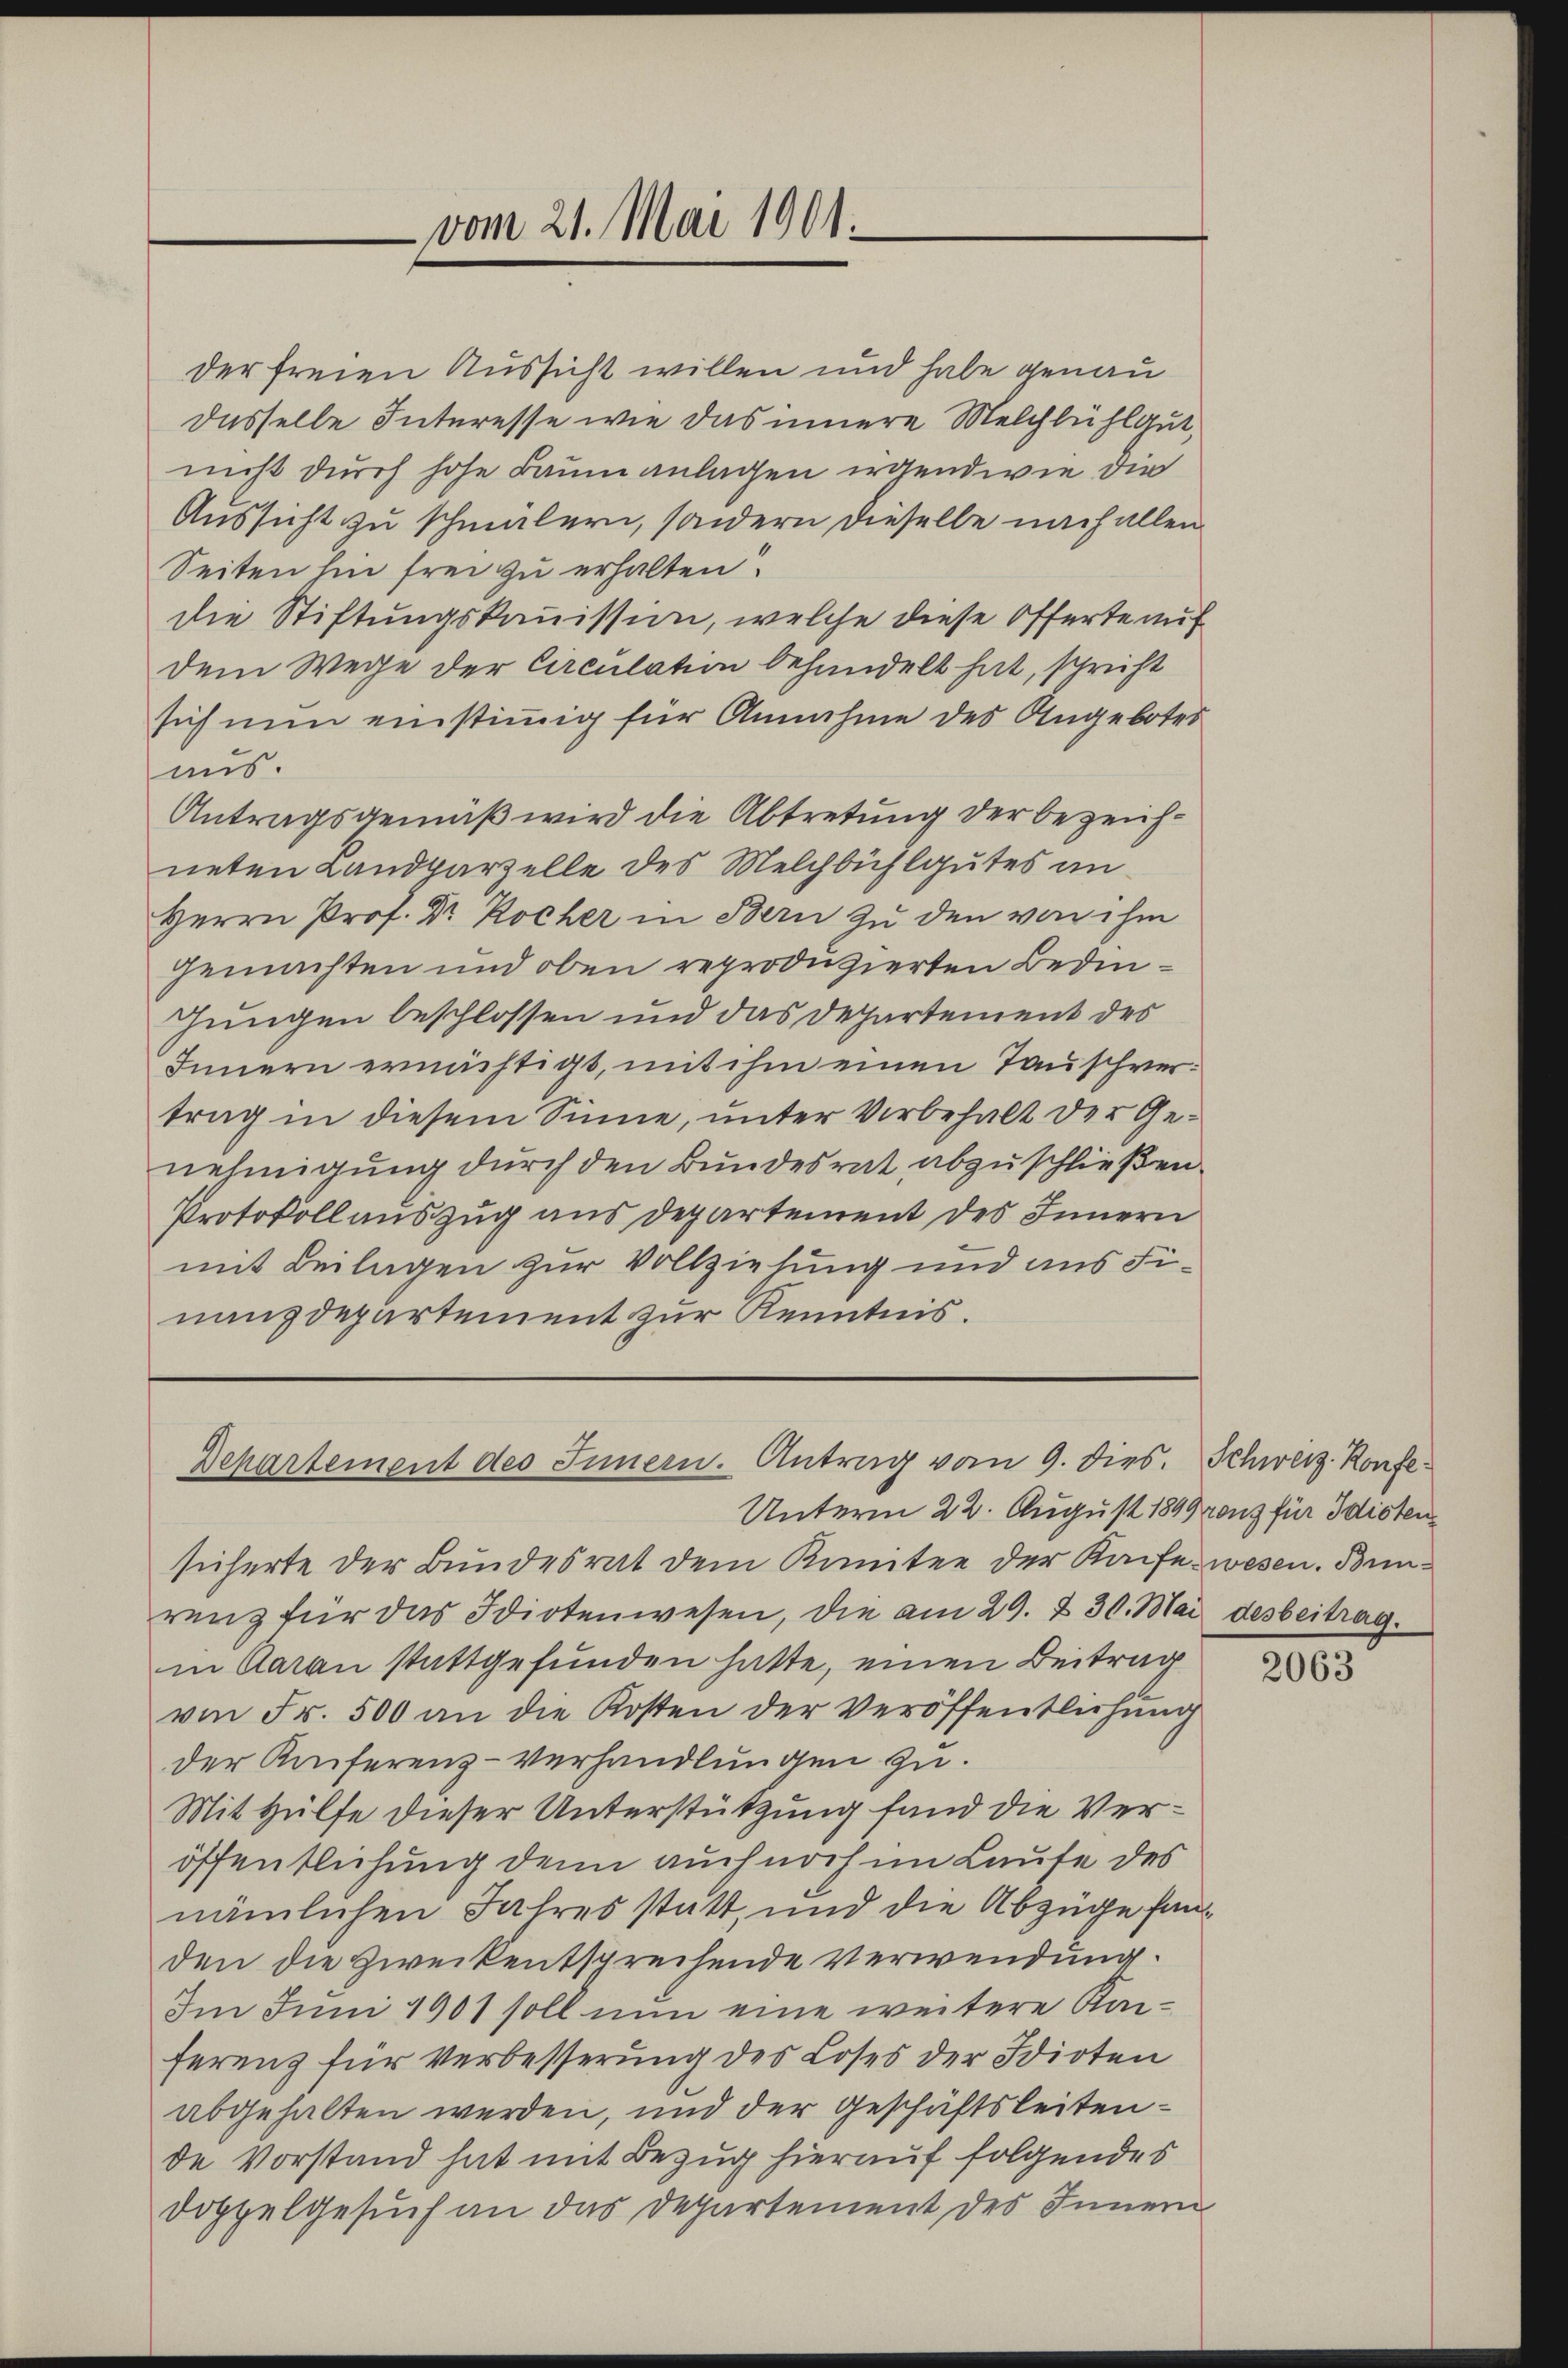
vom 21. Mai 1901.

der freien Aussicht willen und habe genau
dasselbe Interesse wie das innere Melchbühl gut,
nicht durch hohe Baumanlagen irgendwie die
Aussicht zu schmälern, sondern dieselbe nach allen
Seiten hin frei zu erhalten
die Stiftungskommission, welche diese Offerte auf
dem Wege der Circulation behandelt hat, spricht
sich nun einstimmig für Annahme des Angebotes
aus.
Antragsgemäß wird die Abtretung der bezeichneten Landparzelle des Melchbühlgutes an
Herrn Prof. Dr Kocher in Bern zu den von ihm
gemachten und oben reproduzierten Bedinhungen beschlossen und das Departement des
Innern ernächtigt, mit ihm einen Tauschvertrag in diesem Sinne, unter Vorbehalt der Genehmigung durch den Bundesrat abzuschließen.
Protokoll auszug aus Departement des Innern
mit Beilagen zur Vollziehung und aus Finanzdepartement zur Kenntnis.

Departement des Innern. Antrag vom 9. dies

Unterm 22. August 1899 rons für Idioten
sicherte der Bundesrat dem Komitee der Kaise wesen. Bunrenz für das Idiotenwesen, die am 29. & 30. Mai desbeitragin Aarau stattgefunden hatte, einen Beitrag
von Fr. 500 an die Kosten der Veröffentlichung
der Konferenz-Verhandlungen zu.
Mit Hülfe dieser Unterstützung fand die Veröffentlichung denn auch noch im Laute des
nämlichen Jahres statt, und die Abzüge fanden die Zweikentsprechende Verwendung.
Im Juni 1901 soll nun eine weitere Kaiferenz für Verbesserung des Loses der Idioten
abgehalten werden, und der Geschäftsleitende Vorstand hat mit Bezug hierauf folgendes
Doppelgesuch an das Departement des Innern

Schweiz. Konfe¬

2063